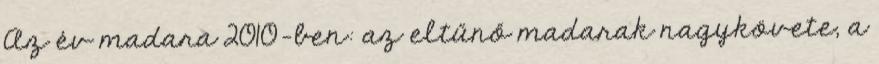
Az év madara 2010-ben: az eltűnő madarak nagykövete, a